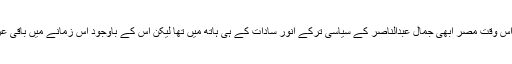
جس وقت مصر نے اسرائیل کے ساتھ ’’امن معاہدہ‘‘ کیا، اس وقت مصر ابھی جمال عبدالناصر کے سیاسی ترکے انور سادات کے ہی ہاتھ میں تھا لیکن اس کے باوجود اس زمانے میں باقی عرب ملکوں میں ابھی جرأتِ اظہار کا کچھ مادہ موجود تھا۔